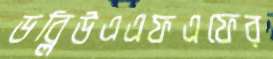
ডব্লিউএএফএফের